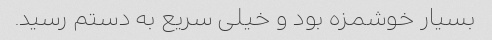
بسیار خوشمزه بود و خیلی سریع به دستم رسید.